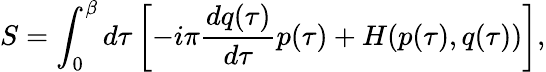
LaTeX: S=\int_{0}^{\beta}d\tau\left[-i\pi\frac{dq(\tau)}{d\tau}p(\tau)+H(p(\tau),q(\tau))\right],